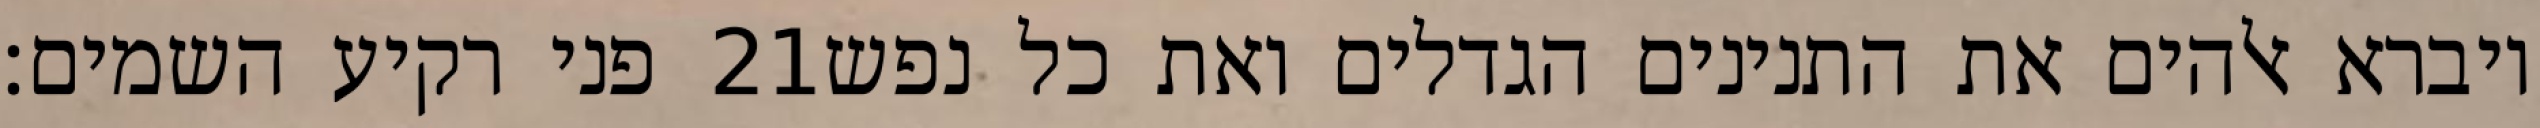
פני רקיע השמים׃ ‎21‏ ויברא אלהים את התנינים הגדלים ואת כל נפש